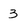
Character: 3